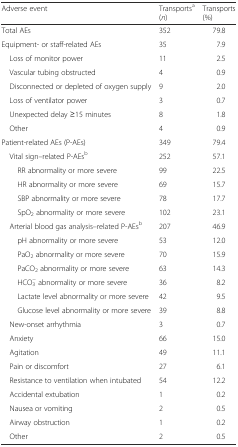
<table><thead><tr><td><b>Adverse event</b></td><td><b>Transports<sup>a</sup> (<i>n</i>)</b></td><td><b>Transports (%)</b></td></tr></thead><tbody><tr><td>Total AEs</td><td>352</td><td>79.8</td></tr><tr><td>Equipment- or staff-related AEs</td><td>35</td><td>7.9</td></tr><tr><td> Loss of monitor power</td><td>11</td><td>2.5</td></tr><tr><td> Vascular tubing obstructed</td><td>4</td><td>0.9</td></tr><tr><td> Disconnected or depleted of oxygen supply</td><td>9</td><td>2.0</td></tr><tr><td> Loss of ventilator power</td><td>3</td><td>0.7</td></tr><tr><td> Unexpected delay ≥15 minutes</td><td>8</td><td>1.8</td></tr><tr><td> Other</td><td>4</td><td>0.9</td></tr><tr><td>Patient-related AEs (P-AEs)</td><td>349</td><td>79.4</td></tr><tr><td> Vital sign–related P-AEs<sup>b</sup></td><td>252</td><td>57.1</td></tr><tr><td>RR abnormality or more severe</td><td>99</td><td>22.5</td></tr><tr><td>HR abnormality or more severe</td><td>69</td><td>15.7</td></tr><tr><td>SBP abnormality or more severe</td><td>78</td><td>17.7</td></tr><tr><td>SpO<sub>2</sub> abnormality or more severe</td><td>102</td><td>23.1</td></tr><tr><td> Arterial blood gas analysis–related P-AEs<sup>b</sup></td><td>207</td><td>46.9</td></tr><tr><td>pH abnormality or more severe</td><td>53</td><td>12.0</td></tr><tr><td>PaO<sub>2</sub> abnormality or more severe</td><td>70</td><td>15.9</td></tr><tr><td>PaCO<sub>2</sub> abnormality or more severe</td><td>63</td><td>14.3</td></tr><tr><td>HCO<sub>3</sub><sup>−</sup> abnormality or more severe</td><td>36</td><td>8.2</td></tr><tr><td>Lactate level abnormality or more severe</td><td>42</td><td>9.5</td></tr><tr><td>Glucose level abnormality or more severe</td><td>39</td><td>8.8</td></tr><tr><td> New-onset arrhythmia</td><td>3</td><td>0.7</td></tr><tr><td> Anxiety</td><td>66</td><td>15.0</td></tr><tr><td> Agitation</td><td>49</td><td>11.1</td></tr><tr><td> Pain or discomfort</td><td>27</td><td>6.1</td></tr><tr><td> Resistance to ventilation when intubated</td><td>54</td><td>12.2</td></tr><tr><td> Accidental extubation</td><td>1</td><td>0.2</td></tr><tr><td> Nausea or vomiting</td><td>2</td><td>0.5</td></tr><tr><td> Airway obstruction</td><td>1</td><td>0.2</td></tr><tr><td> Other</td><td>2</td><td>0.5</td></tr></tbody></table>